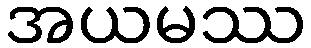
အယမဿ